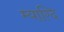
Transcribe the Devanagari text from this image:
म्याग्दि